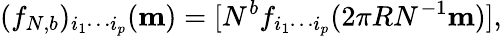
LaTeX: (f_{N,b})_{i_{1}\cdots i_{p}}({\mathbf m})=[N^{b}f_{i_{1}\cdots i_{p}}(2\pi RN^{-1}{\mathbf m})],